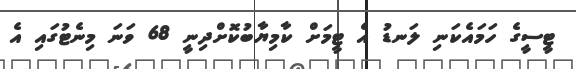
ޓީސީގެ ހަމައެކަނި ލަނޑު އެ ޓީމަށް ކާމިޔާބުކޮށްދިނީ 68 ވަނަ މިނެޓުގައި އެ